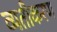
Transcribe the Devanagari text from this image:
व्यतीकरण